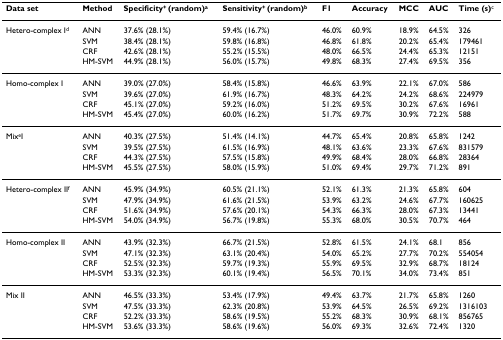
<table><thead><tr><td><b>Data set</b></td><td><b>Method</b></td><td><b>Specificity<sup>+ </sup>(random)<sup>a</sup></b></td><td><b>Sensitivity<sup>+ </sup>(random)<sup>b</sup></b></td><td><b>F1</b></td><td><b>Accuracy</b></td><td><b>MCC</b></td><td><b>AUC</b></td><td><b>Time (s)<sup>c</sup></b></td></tr></thead><tbody><tr><td>Hetero-complex I<sup>d</sup></td><td>ANN</td><td>37.6% (28.1%)</td><td>59.4% (16.7%)</td><td>46.0%</td><td>60.9%</td><td>18.9%</td><td>64.5%</td><td>326</td></tr><tr><td></td><td>SVM</td><td>38.4% (28.1%)</td><td>59.8% (16.8%)</td><td>46.8%</td><td>61.8%</td><td>20.2%</td><td>65.4%</td><td>179461</td></tr><tr><td></td><td>CRF</td><td>42.6% (28.1%)</td><td>55.2% (15.5%)</td><td>48.0%</td><td>66.5%</td><td>24.4%</td><td>65.3%</td><td>12151</td></tr><tr><td></td><td>HM-SVM</td><td>44.9% (28.1%)</td><td>56.0% (15.7%)</td><td>49.8%</td><td>68.3%</td><td>27.4%</td><td>69.5%</td><td>356</td></tr><tr><td>Homo-complex I</td><td>ANN</td><td>39.0% (27.0%)</td><td>58.4% (15.8%)</td><td>46.6%</td><td>63.9%</td><td>22.1%</td><td>67.0%</td><td>586</td></tr><tr><td></td><td>SVM</td><td>39.6% (27.0%)</td><td>61.9% (16.7%)</td><td>48.3%</td><td>64.2%</td><td>24.2%</td><td>68.6%</td><td>224979</td></tr><tr><td></td><td>CRF</td><td>45.1% (27.0%)</td><td>59.2% (16.0%)</td><td>51.2%</td><td>69.5%</td><td>30.2%</td><td>67.6%</td><td>16961</td></tr><tr><td></td><td>HM-SVM</td><td>45.4% (27.0%)</td><td>60.0% (16.2%)</td><td>51.7%</td><td>69.7%</td><td>30.9%</td><td>72.2%</td><td>588</td></tr><tr><td>Mix<sup>e</sup>I</td><td>ANN</td><td>40.3% (27.5%)</td><td>51.4% (14.1%)</td><td>44.7%</td><td>65.4%</td><td>20.8%</td><td>65.8%</td><td>1242</td></tr><tr><td></td><td>SVM</td><td>39.5% (27.5%)</td><td>61.5% (16.9%)</td><td>48.1%</td><td>63.6%</td><td>23.3%</td><td>67.6%</td><td>831579</td></tr><tr><td></td><td>CRF</td><td>44.3% (27.5%)</td><td>57.5% (15.8%)</td><td>49.9%</td><td>68.4%</td><td>28.0%</td><td>66.8%</td><td>28364</td></tr><tr><td></td><td>HM-SVM</td><td>45.5% (27.5%)</td><td>58.0% (15.9%)</td><td>51.0%</td><td>69.4%</td><td>29.7%</td><td>71.2%</td><td>891</td></tr><tr><td>Hetero-complex II<sup>f</sup></td><td>ANN</td><td>45.9% (34.9%)</td><td>60.5% (21.1%)</td><td>52.1%</td><td>61.3%</td><td>21.3%</td><td>65.8%</td><td>604</td></tr><tr><td></td><td>SVM</td><td>47.9% (34.9%)</td><td>61.6% (21.5%)</td><td>53.9%</td><td>63.2%</td><td>24.6%</td><td>67.7%</td><td>160625</td></tr><tr><td></td><td>CRF</td><td>51.6% (34.9%)</td><td>57.6% (20.1%)</td><td>54.3%</td><td>66.3%</td><td>28.0%</td><td>67.3%</td><td>13441</td></tr><tr><td></td><td>HM-SVM</td><td>54.0% (34.9%)</td><td>56.7% (19.8%)</td><td>55.3%</td><td>68.0%</td><td>30.5%</td><td>70.7%</td><td>464</td></tr><tr><td>Homo-complex II</td><td>ANN</td><td>43.9% (32.3%)</td><td>66.7% (21.5%)</td><td>52.8%</td><td>61.5%</td><td>24.1%</td><td>68.1</td><td>856</td></tr><tr><td></td><td>SVM</td><td>47.1% (32.3%)</td><td>63.1% (20.4%)</td><td>54.0%</td><td>65.2%</td><td>27.7%</td><td>70.2%</td><td>554054</td></tr><tr><td></td><td>CRF</td><td>52.5% (32.3%)</td><td>59.7% (19.3%)</td><td>55.9%</td><td>69.5%</td><td>32.9%</td><td>68.7%</td><td>18124</td></tr><tr><td></td><td>HM-SVM</td><td>53.3% (32.3%)</td><td>60.1% (19.4%)</td><td>56.5%</td><td>70.1%</td><td>34.0%</td><td>73.4%</td><td>851</td></tr><tr><td>Mix II</td><td>ANN</td><td>46.5% (33.3%)</td><td>53.4% (17.9%)</td><td>49.4%</td><td>63.7%</td><td>21.7%</td><td>65.8%</td><td>1260</td></tr><tr><td></td><td>SVM</td><td>47.5% (33.3%)</td><td>62.3% (20.8%)</td><td>53.9%</td><td>64.5%</td><td>26.5%</td><td>69.2%</td><td>1316103</td></tr><tr><td></td><td>CRF</td><td>52.2% (33.3%)</td><td>58.6% (19.5%)</td><td>55.2%</td><td>68.3%</td><td>30.9%</td><td>68.1%</td><td>856765</td></tr><tr><td></td><td>HM-SVM</td><td>53.6% (33.3%)</td><td>58.6% (19.6%)</td><td>56.0%</td><td>69.3%</td><td>32.6%</td><td>72.4%</td><td>1320</td></tr></tbody></table>